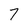
Character: 7